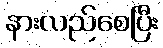
နားလည်စေပြီး